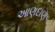
આણદાણ